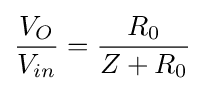
{\frac {V_{O}}{V_{in}}}={\frac {R_{0}}{Z+R_{0}}}